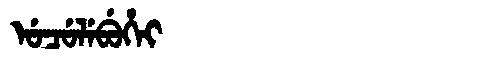
Manchu: ᡠᠴᡠᠯᡝᠪᡠᡥᡝᡳ
Romanization: UCULEBUHEI